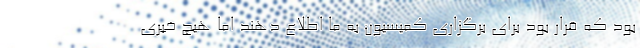
بود که قرار بود برای برگزاری کمیسیون به ما اطلاع دهند اما هیچ خبری